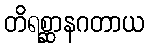
တိရစ္ဆာနဂတာယ